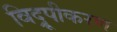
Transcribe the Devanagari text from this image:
विद्रूपीकरण